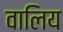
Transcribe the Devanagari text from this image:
वालिय